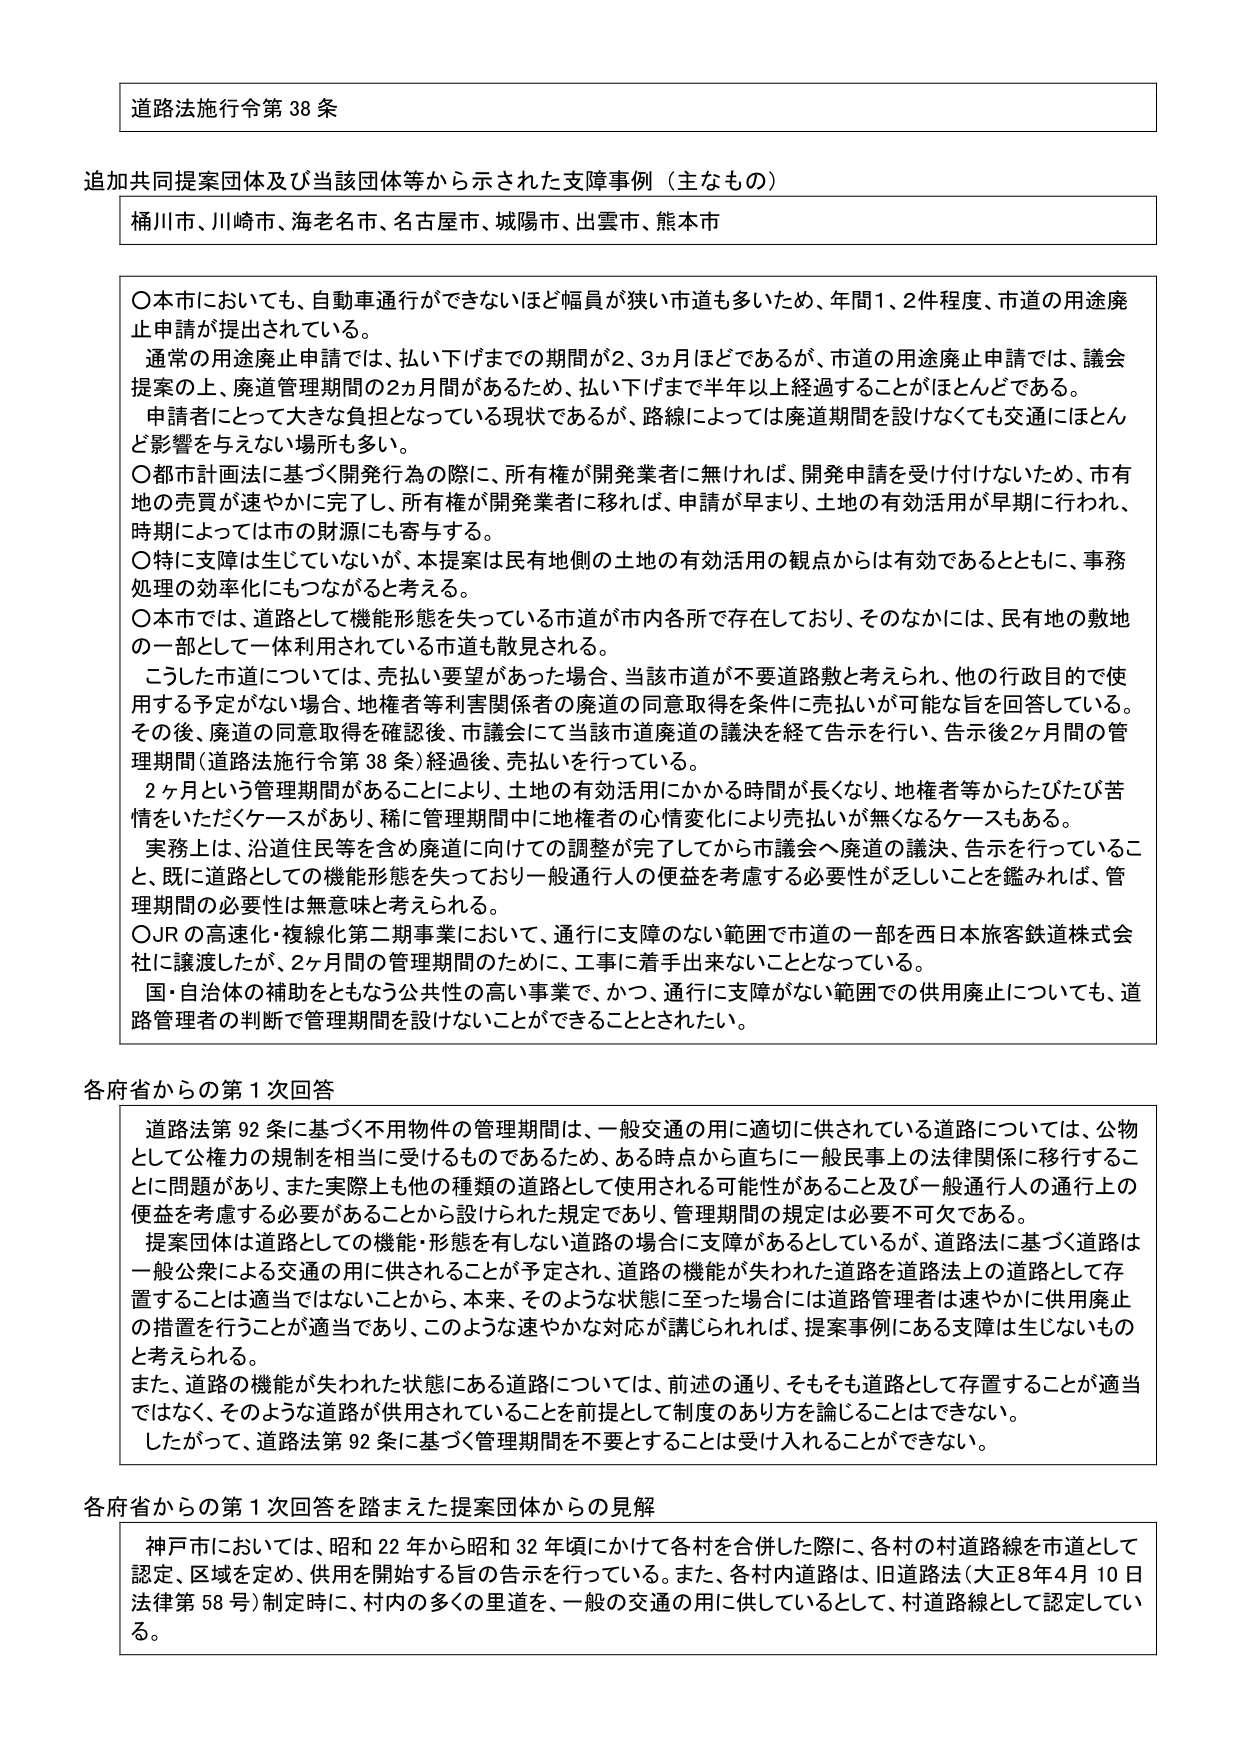
道路法施行令第38条

追加共同提案団体及び当該団体等から示された支援事例（主なもの）
桶川市、川崎市、海老名市、名古屋市、城陽市、出雲市、熊本市

〇本市においても、自動車通行ができないほど幅員が狭い市道も多いため、年間1、2件程度、市道の用途廃止申請が提出されている。
通常の用途廃止申請では、払い下げまでの期間が2、3か月ほどであるが、市道の用途廃止申請では、議会提案の上、廃道管理期間の2か月間があるため、払い下げまで半年以上経過することがほとんどである。
申請者にとって大きな負担となっている現状であるが、路線によっては廃道期間を設けなくても交通にほとんど影響を与えない場所も多い。
〇都市計画法に基づく開発行為の際に、所有権が開発業者に無ければ、開発申請を受け付けないため、市有地の売買が速やかに完了し、所有権が開発業者に移れば、申請が早まり、土地の有効活用が早期に行われ、時期によっては市の財源にも寄与する。
〇特に支援は生じていないが、本提案は民有地側の土地の有効活用の観点からは有効であるとともに、事務処理の効率化にもつながると考える。
〇本市では、道路として機能形態を失っている市道が市内各所で存在しており、そのなかには、民有地の敷地の一部として一体利用されている市道も散見される。
こうした市道については、売払いを望があった場合、当該市道が不要道路数と考えられ、他の行政目的で使用する予定がない場合、地権者等利害関係者の廃道の同意取得を条件に売払いが可能な旨を回答している。その後、廃道の同意取得を確認後、市議会にて当該市道廃道の議決を経て告示を行い、告示後2ヶ月間の管理期間（道路法施行令第38条）経過後、売払いを行っている。
2ヶ月という管理期間があることにより、土地の有効活用にかかる時間が長くなり、地権者等からたびたび苦情をいただくケースがあり、稀に管理期間中に地権者の心情変化により売払いが無くなるケースもある。
実務上は、沿道住民等を含め廃道に向けての調整が完了してから市議会へ廃道の議決、告示を行っていること、既に道路としての機能形態を失っており一般通行人の便益を考慮する必要性が乏しいことを鑑みれば、管理期間の必要性は無意味と考えられる。
〇JRの高速化・複線化第二期事業において、通行に支障のない範囲で市道の一部を西日本旅客鉄道株式会社に譲渡したが、2ヶ月間の管理期間のために、工事に着手出来ないこととなっている。
国・自治体の補助をともなう公共性の高い事業で、かつ、通行に支障がない範囲での供用廃止についても、道路管理者の判断で管理期間を設けないことができるべきだとされた。

各府省からの第1次回答
道路法第92条に基づく不用物件の管理期間は、一般交通の用に適切に供されている道路については、公物として公権力の規制を相当に受けるものであるため、ある時点から直ちに一般民事上の法律関係に移行することに問題があり、また実際上も他の種類の道路として使用される可能性があること及び一般通行人の通行上の便益を考慮する必要があることから設けられた規定であり、管理期間の規定は必要不可欠である。
提案団体は道路としての機能・形態を有しない道路の場合に支障があるとしているが、道路法に基づく道路は一般公衆による交通の用に供されることが予定され、道路の機能が失われた道路を道路法上の道路として存置することは適当ではないことから、本来、そのような状態に至った場合には道路管理者は速やかに供用廃止の措置を行うことが適当であり、このような速やかな対応が講じられれば、提案事例にある支援は生じないものと考えられる。
また、道路の機能が失われた状態にある道路については、前述の通り、そもそも道路として存置することが適当ではなく、そのような道路が供用されていることを前提として制度のあり方を論じることはできない。
したがって、道路法第92条に基づく管理期間を不要とすることは受け入れることができない。

各府省からの第1次回答を踏まえた提案団体からの見解
神戸市においては、昭和22年から昭和32年頃にかけて各村を合併した際に、各村の村道路線を市道として認定、区域を定め、供用を開始する旨の告示を行っている。また、各村内道路は、旧道路法（大正8年4月10日法律第58号）制定時に、村内の多くの里道を、一般の交通の用に供しているとして、村道路線として認定している。